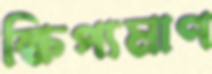
ক্ষিপ্যমাণ